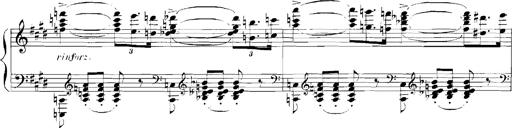
Title: Rhapsodies hongroises
Composer: Franz Liszt